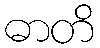
ဓာတိ